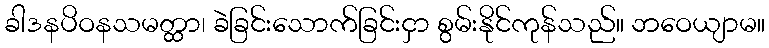
ခါဒနပိဝနသမတ္ထာ၊ ခဲခြင်းသောက်ခြင်းငှာ စွမ်းနိုင်ကုန်သည်။ ဘဝေယျာမ။